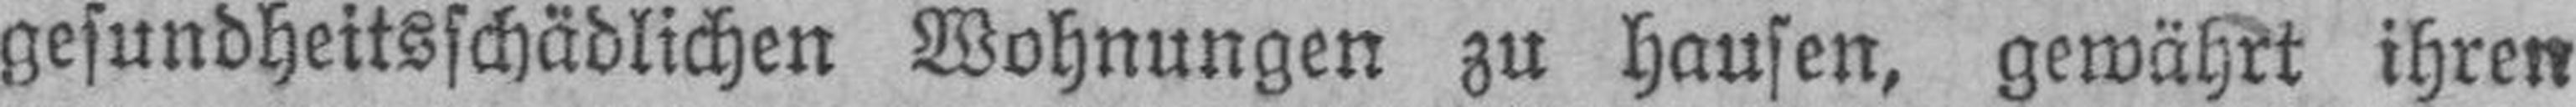
gesundheitsschädlichen Wohnungen zu Hausen, gewährt ihren